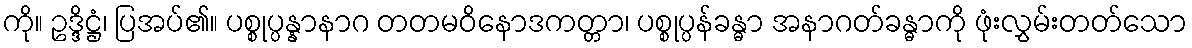
ကို။ ဥဒ္ဒိဋ္ဌံ၊ ပြအပ်၏။ ပစ္စုပ္ပန္နာနာဂ တတမဝိနောဒကတ္တာ၊ ပစ္စုပ္ပန်ခန္ဓာ အနာဂတ်ခန္ဓာကို ဖုံးလွှမ်းတတ်သော